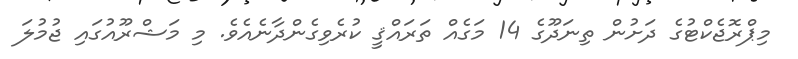
މިޕްރޮޖެކްޓުގެ ދަށުން ތިނަދޫގެ 14 މަގެއް ތަރައްޤީ ކުރެވިގެންދާނެއެވެ. މި މަޝްރޫއުގައި ޖުމުލަ